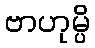
ဗာဟုမ္ပိ